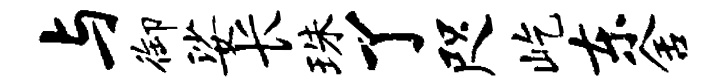
与御娑长珠了咫屹东舍